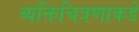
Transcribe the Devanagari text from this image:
व्यक्तिचित्रणाकडे